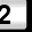
Digit: 2